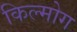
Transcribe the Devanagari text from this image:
किल्मोग